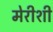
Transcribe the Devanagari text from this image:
मेरीशी